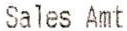
SALES AMT